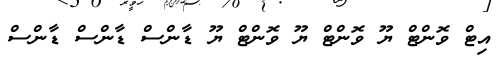
އިޓް ވޮންޓް ޔޫ ވޮންޓް ޔޫ ވޮންޓް ޔޫ ޑާންސް ޑާންސް ޑާންސް